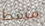
مشط